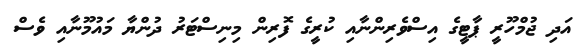
އަދި ޖުމްހޫރީ ޕާޓީގެ އިސްވެރިންނާއި ކުރީގެ ފޮރިން މިނިސްޓަރު ދުންޔާ މައުމޫނާއި ވެސް